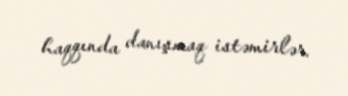
haqqında danışmaq istəmirlər.